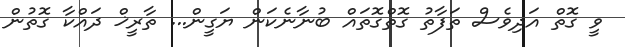
ވީ ގޮތް އަދިވެސް ތަފާތު ގޮތްގޮތައް ބުނާނެކަން ޔަގީން... ތާރީޚް ދައްކާ ގޮތުން